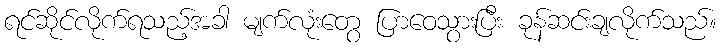
ရင်ဆိုင်လိုက်ရသည့်အခါ မျက်လုံးတွေ ပြာဝေသွားပြီး ခုန်ဆင်းချလိုက်သည်။